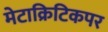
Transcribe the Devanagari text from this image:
मेटाक्रिटिकपर